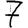
Digit: 7